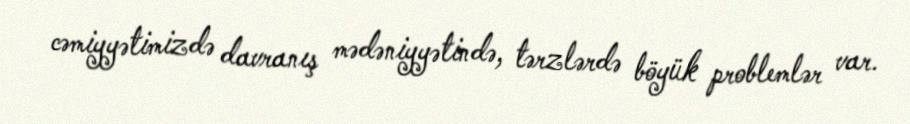
cəmiyyətimizdə davranış mədəniyyətində, tərzlərdə böyük problemlər var.